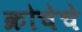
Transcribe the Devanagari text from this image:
क्रोचेचे